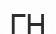
ГН